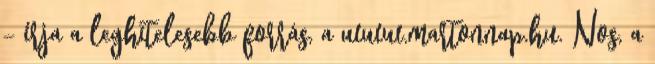
- írja a leghitelesebb forrás, a www.martonnap.hu. Nos, a